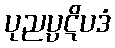
ပုညပ္ပဋိပဒံ